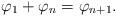
LaTeX: \begin{align*}\varphi_1+\varphi_{n}=\varphi_{n+1}.\end{align*}